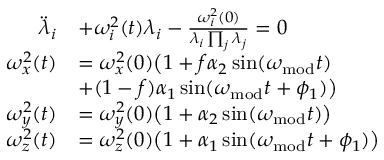
\begin{array} { r l } { \ddot { \lambda } _ { i } } & { + \omega _ { i } ^ { 2 } ( t ) \lambda _ { i } - \frac { \omega _ { i } ^ { 2 } ( 0 ) } { \lambda _ { i } \prod _ { j } \lambda _ { j } } = 0 } \\ { \omega _ { x } ^ { 2 } ( t ) } & { = \omega _ { x } ^ { 2 } ( 0 ) \big ( 1 + f \alpha _ { 2 } \sin ( \omega _ { \mathrm { m o d } } t ) } \\ & { + ( 1 - f ) \alpha _ { 1 } \sin ( \omega _ { \mathrm { m o d } } t + \phi _ { 1 } ) \big ) } \\ { \omega _ { y } ^ { 2 } ( t ) } & { = \omega _ { y } ^ { 2 } ( 0 ) \big ( 1 + \alpha _ { 2 } \sin ( \omega _ { \mathrm { m o d } } t ) \big ) } \\ { \omega _ { z } ^ { 2 } ( t ) } & { = \omega _ { z } ^ { 2 } ( 0 ) \big ( 1 + \alpha _ { 1 } \sin ( \omega _ { \mathrm { m o d } } t + \phi _ { 1 } ) \big ) } \end{array}